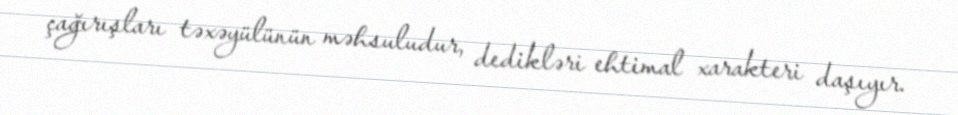
çağırışları təxəyülünün məhsuludur, dedikləri ehtimal xarakteri daşıyır.